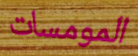
المومسات